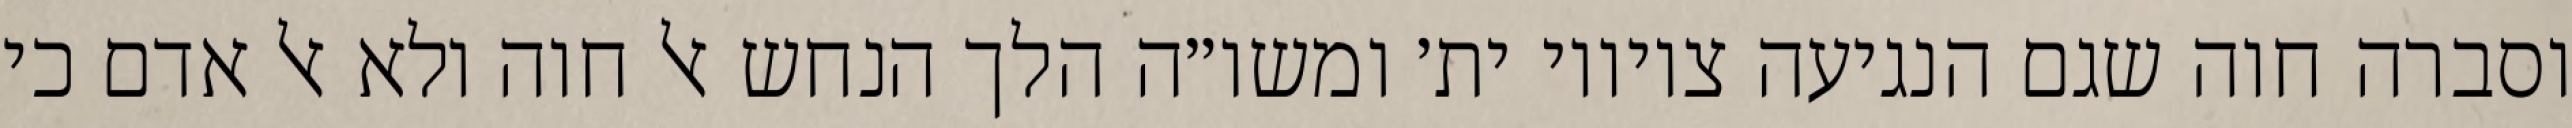
וסברה חוה שגם הנגיעה ציוויו ית׳ ומשו״ה הלך הנחש אל חוה ולא אל אדם כי